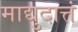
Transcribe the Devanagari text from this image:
माद्युदात्तं